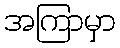
အကြာမှာ